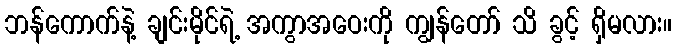
ဘန်ကောက်နဲ့ ချင်းမိုင်ရဲ့ အကွာအဝေးကို ကျွန်တော် သိ ခွင့် ရှိမလား။